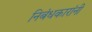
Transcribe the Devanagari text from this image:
निबंधकारांनी